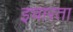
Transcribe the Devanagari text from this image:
इचारता